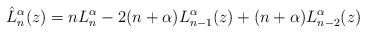
\begin{align*}\hat{L}_n^{\alpha}(z)=nL_n^{\alpha}-2(n+\alpha)L_{n-1}^{\alpha}(z)+(n+\alpha)L_{n-2}^{\alpha}(z)\end{align*}